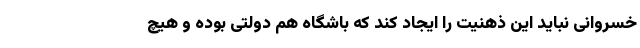
خسروانی نباید این ذهنیت را ایجاد کند که باشگاه هم دولتی بوده و هیچ